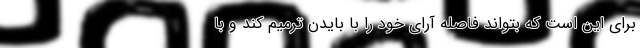
برای این است که بتواند فاصله آرای خود را با بایدن ترمیم کند و با